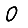
Digit: 0